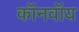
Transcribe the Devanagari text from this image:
कॉनवॉय